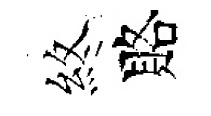
煞賂